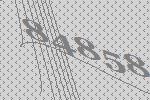
84858